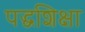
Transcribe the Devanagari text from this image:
पद्धशिक्षा